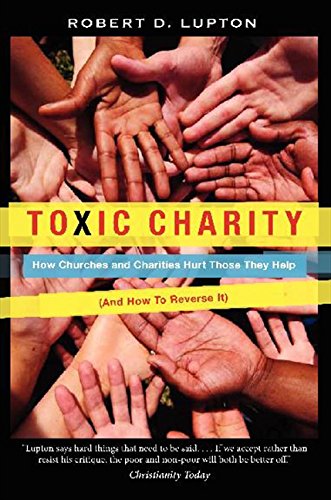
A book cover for Toxic Charity: How Churches and Charities Hurt Those They Help, And How to Reverse It; Robert D. Lupton; Politics & Social Sciences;